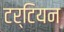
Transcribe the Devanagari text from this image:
टर्टियन